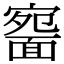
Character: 𩈱